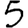
Digit: 5